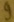
Text: 9